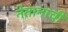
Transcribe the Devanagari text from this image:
नेतानाची